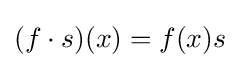
(f\cdot s)(x)=f(x)s